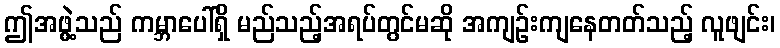
ဤအဖွဲ့သည် ကမ္ဘာပေါ်ရှိ မည်သည့်အရပ်တွင်မဆို အကျဉ်းကျနေတတ်သည့် လူဖျင်း၊